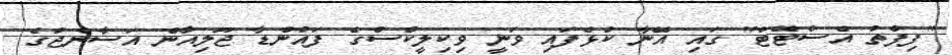
"ފިފްތު އެސްޓޭޓް" ގައި އޭނާ ކުޅެފައި ވަނީ ވިކިލީކްސްގެ ފައުންޑާ ޖޫލިއާން އަސާންޖުގެ